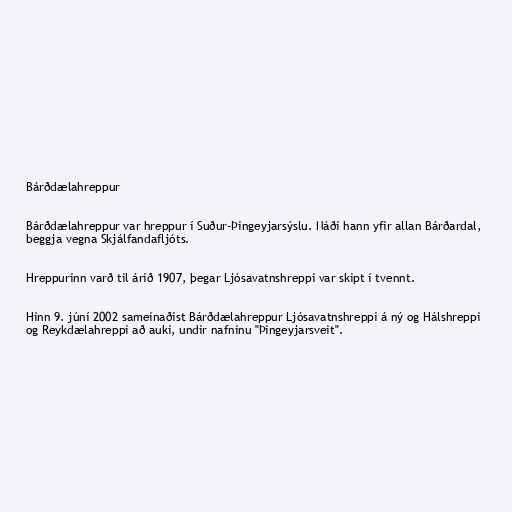
Bárðdælahreppur

Bárðdælahreppur var hreppur í Suður-Þingeyjarsýslu. Náði hann yfir allan Bárðardal,
beggja vegna Skjálfandafljóts.

Hreppurinn varð til árið 1907, þegar Ljósavatnshreppi var skipt í tvennt.

Hinn 9. júní 2002 sameinaðist Bárðdælahreppur Ljósavatnshreppi á ný og Hálshreppi
og Reykdælahreppi að auki, undir nafninu "Þingeyjarsveit".